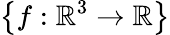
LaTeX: \left\lbrace f:\mathbb{R}^{3}\to\mathbb{R}\right\rbrace